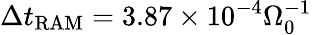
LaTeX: \Delta t_{\mathrm{RAM}}=3.87\times 10^{-4}\Omega_{0}^{-1}